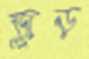
জুড়